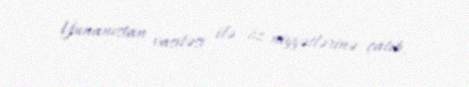
Yunanıstan vasitəsi ilə öz niyyətlərinə çatıb.